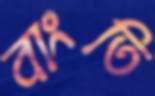
বাংতি